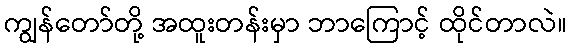
ကျွန်တော်တို့ အထူးတန်းမှာ ဘာကြောင့် ထိုင်တာလဲ။